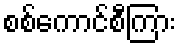
စစ်ကောင်စီကြား